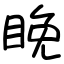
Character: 睌